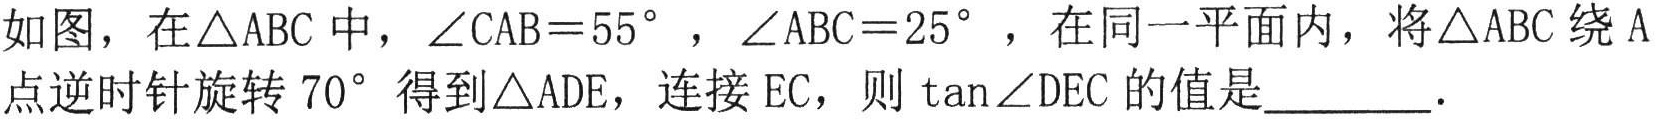
如图，在\(\triangle ABC\)中，\(\angle CAB = 55^{\circ}\)，\(\angle ABC = 25^{\circ}\)，在同一平面内，将\(\triangle ABC\)绕\(A\)点逆时针旋转\(70^{\circ}\)得到\(\triangle ADE\)，连接\(EC\)，则\(\tan\angle DEC\)的值是\(\underline{\quad\quad}\).